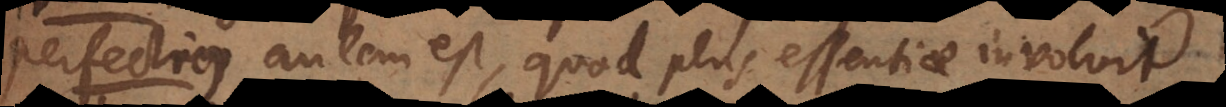
autem est, quod plus essentiae involvit.